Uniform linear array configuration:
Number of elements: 32
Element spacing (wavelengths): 0.5
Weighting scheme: cosine
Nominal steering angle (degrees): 0
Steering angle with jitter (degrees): -0.3245
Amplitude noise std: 0.05
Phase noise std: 0.05

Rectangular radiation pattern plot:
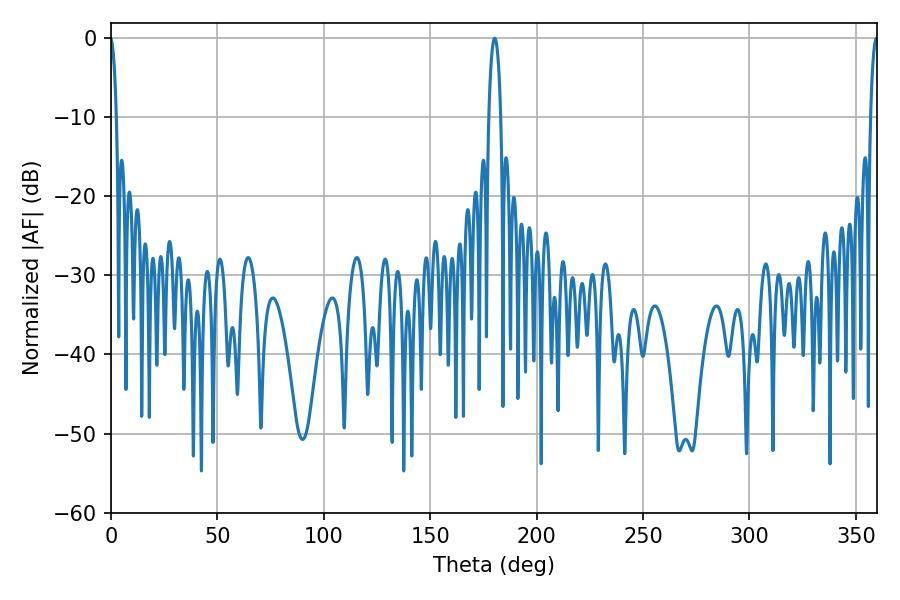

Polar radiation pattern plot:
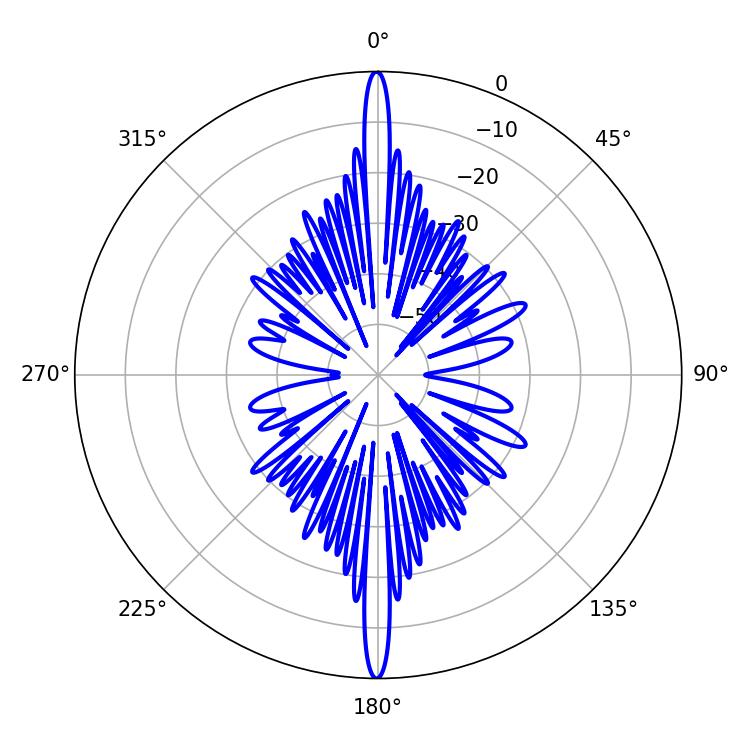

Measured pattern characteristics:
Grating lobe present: FALSE
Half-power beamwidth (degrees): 3.06
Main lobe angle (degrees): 180.36